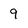
Character: 9